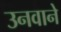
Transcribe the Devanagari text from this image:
उनवाने